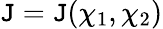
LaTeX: \mathtt{J}=\mathtt{J}(\chi_{1},\chi_{2})